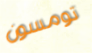
تومسون